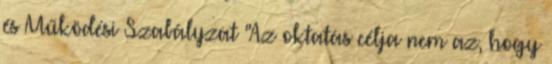
és Működési Szabályzat "Az oktatás célja nem az, hogy